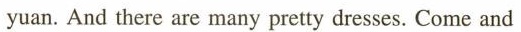
yuan.And there are many pretty dresses. Come and